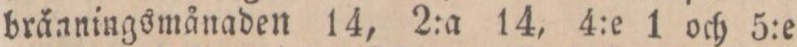
bränningsmånaden 14, 2:a 14, 4:e 1 och 5:e